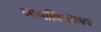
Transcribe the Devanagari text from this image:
भाषाविश्लेषक